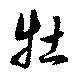
牡